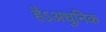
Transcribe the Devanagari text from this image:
हैऽअधुनिक